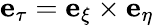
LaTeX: \mathbf{e}_{\tau}=\mathbf{e}_{\xi}\times\mathbf{e}_{\eta}